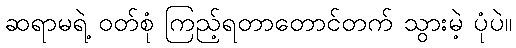
ဆရာမရဲ့ ဝတ်စုံ ကြည့်ရတာတောင်တက် သွားမဲ့ ပုံပဲ။